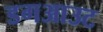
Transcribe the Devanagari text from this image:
डगआउट